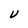
Character: U